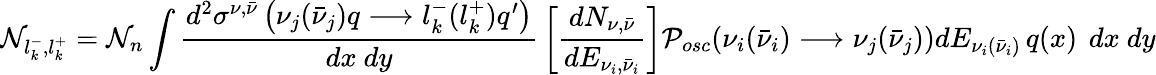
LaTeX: {\cal N}_{l_{k}^{-},l_{k}^{+}}={\cal N}_{n}\int{{\frac{{d^{2}\sigma^{\nu,{\bar{\nu}}}}\left(\nu_{j}(\bar{\nu}_{j})q\longrightarrow l_{k}^{-}(l_{k}^{+})q^{\prime}\right)}{dx~dy}}}\left[{\frac{dN_{\nu,\bar{\nu}}}{dE_{\nu_{i},\bar{\nu}_{i}}}}\right]{\cal P}_{osc}(\nu_{i}(\bar{\nu}_{i})\longrightarrow\nu_{j}(\bar{\nu}_{j}))dE_{\nu_{i}(\bar{\nu}_{i})}\, q(x)\, ~dx~dy